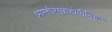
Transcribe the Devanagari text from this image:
थ्राम्बोसाइटोपीनिक